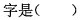
字是()